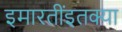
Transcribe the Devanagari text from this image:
इमारतींइतक्या